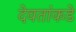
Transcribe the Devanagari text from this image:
देवतांकडे